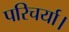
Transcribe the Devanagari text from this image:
परिचर्या।